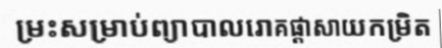
ម្រះសម្រាប់ព្យាបាលរោគផ្តាសាយកម្រិត